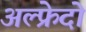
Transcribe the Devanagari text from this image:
अल्फ्रेदो